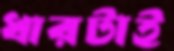
ধারটাই